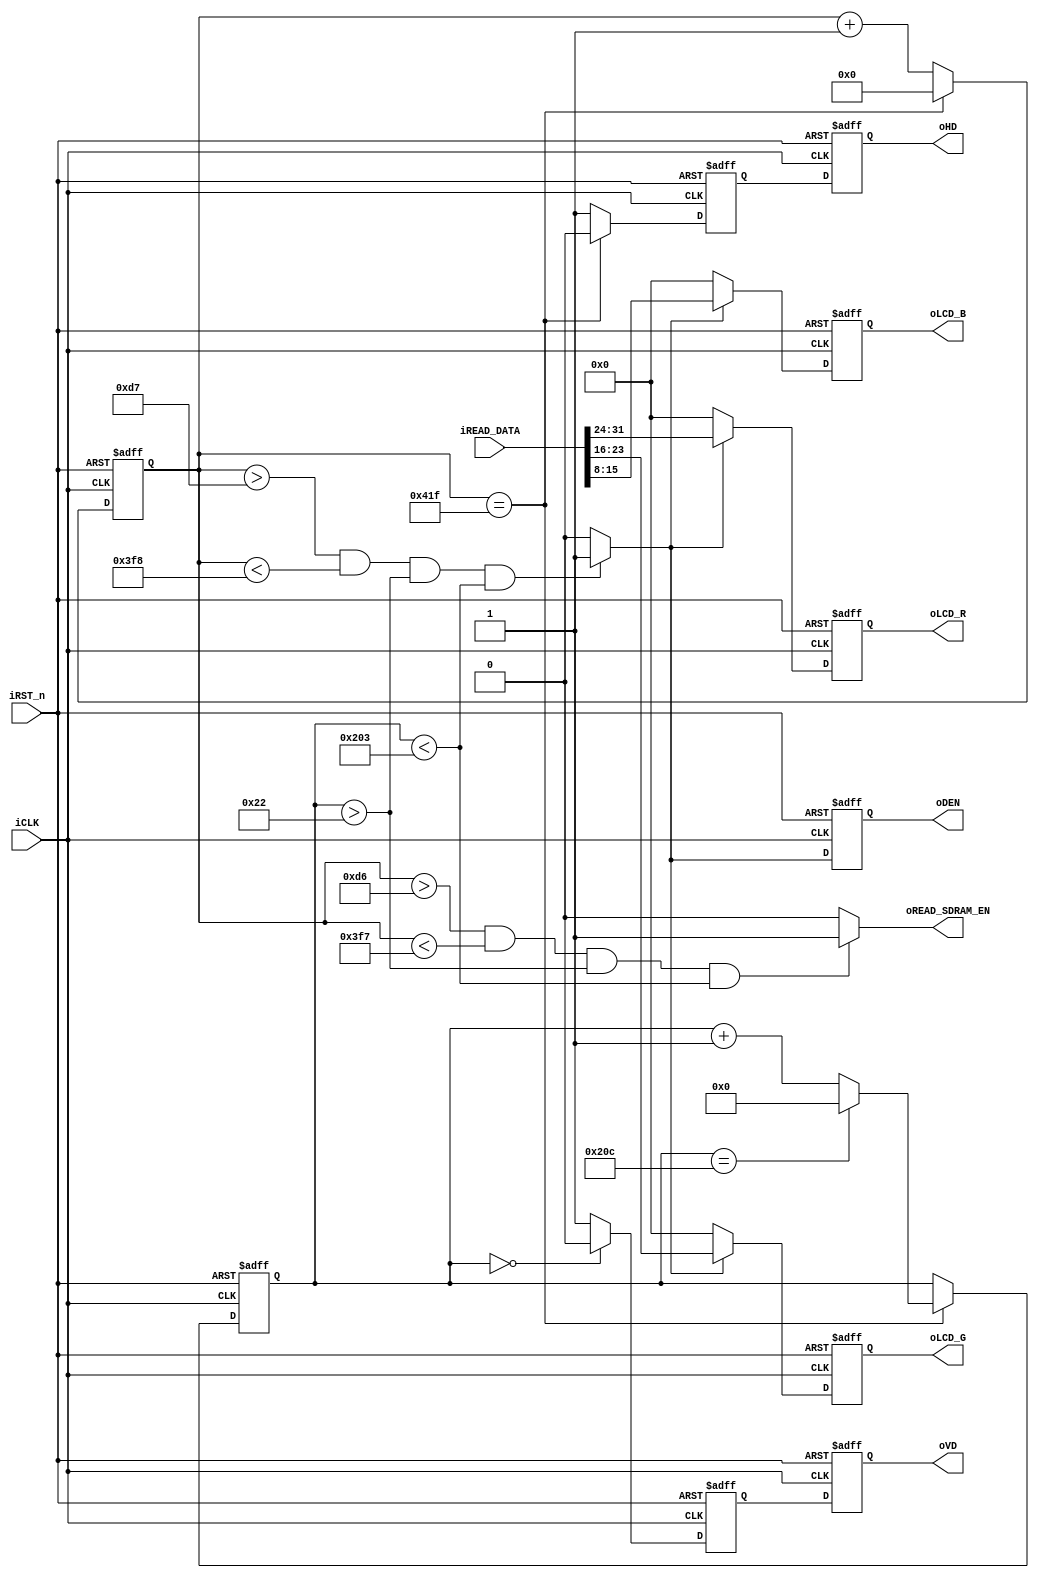
//
//LTMDE2_115_LTM_EPHOTO
module lcd_timing_controller		(
						iCLK, 				// LCD display clock
						iRST_n, 			// systen reset
						// SDRAM SIDE 
						iREAD_DATA, 		// R and G  color data form sdram 	
						//iREAD_DATA2,		// B color data form sdram
						oREAD_SDRAM_EN,		// read sdram data control signal
						//LCD SIDE
						oHD,				// LCD Horizontal sync 
						oVD,				// LCD Vertical sync 	
						oDEN,				// LCD Data Enable
						oLCD_R,				// LCD Red color data 
						oLCD_G,             // LCD Green color data  
						oLCD_B,             // LCD Blue color data  
						);
//============================================================================
// PARAMETER declarations
//============================================================================
parameter H_LINE = 1056;
parameter V_LINE = 525;
parameter Hsync_Blank = 216;
parameter Hsync_Front_Porch = 40;
parameter Vertical_Back_Porch = 35;
parameter Vertical_Front_Porch = 10;
//===========================================================================
// PORT declarations
//===========================================================================
input			iCLK;   
input			iRST_n;
input	[31:0]	iREAD_DATA;
//input	[15:0]	iREAD_DATA2;
output			oREAD_SDRAM_EN;
output	[7:0]	oLCD_R;		
output  [7:0]	oLCD_G;
output  [7:0]	oLCD_B;
output			oHD;
output			oVD;
output			oDEN;
//=============================================================================
// REG/WIRE declarations
//=============================================================================
reg		[10:0]  x_cnt;  
reg		[9:0]	y_cnt; 
wire	[7:0]	read_red;
wire	[7:0]	read_green;
wire	[7:0]	read_blue; 
wire			display_area;
wire			oREAD_SDRAM_EN;
reg				mhd;
reg				mvd;
reg				oHD;
reg				oVD;
reg				oDEN;
reg		[7:0]	oLCD_R;
reg		[7:0]	oLCD_G;	
reg		[7:0]	oLCD_B;		
//=============================================================================
// Structural coding
//=============================================================================

// This signal control reading data form SDRAM , if high read color data form sdram  .
assign	oREAD_SDRAM_EN = (	(x_cnt>Hsync_Blank-2)&&
							(x_cnt<(H_LINE-Hsync_Front_Porch-1))&&
							(y_cnt>(Vertical_Back_Porch-1))&&
							(y_cnt<(V_LINE - Vertical_Front_Porch))
						 )?  1'b1 : 1'b0;
						
// This signal indicate the lcd display area .
assign	display_area = ((x_cnt>(Hsync_Blank-1)&& //>215
						(x_cnt<(H_LINE-Hsync_Front_Porch))&& //< 1016
						(y_cnt>(Vertical_Back_Porch-1))&& 
						(y_cnt<(V_LINE - Vertical_Front_Porch))
						))  ? 1'b1 : 1'b0;

assign	read_red 	= display_area ? iREAD_DATA[31:24] : 8'b0;
assign	read_green 	= display_area ? iREAD_DATA[23:16]: 8'b0;
assign	read_blue 	= display_area ? iREAD_DATA[15:8] : 8'b0; //=================

///////////////////////// x  y counter  and lcd hd generator //////////////////
always@(posedge iCLK or negedge iRST_n)
	begin
		if (!iRST_n)
		begin
			x_cnt <= 11'd0;	
			mhd  <= 1'd0;  	
		end	
		else if (x_cnt == (H_LINE-1))
		begin
			x_cnt <= 11'd0;
			mhd  <= 1'd0;
		end	   
		else
		begin
			x_cnt <= x_cnt + 11'd1;
			mhd  <= 1'd1;
		end	
	end

always@(posedge iCLK or negedge iRST_n)
	begin
		if (!iRST_n)
			y_cnt <= 10'd0;
		else if (x_cnt == (H_LINE-1))
		begin
			if (y_cnt == (V_LINE-1))
				y_cnt <= 10'd0;
			else
				y_cnt <= y_cnt + 10'd1;	
		end
	end
////////////////////////////// touch panel timing //////////////////

always@(posedge iCLK  or negedge iRST_n)
	begin
		if (!iRST_n)
			mvd  <= 1'b1;
		else if (y_cnt == 10'd0)
			mvd  <= 1'b0;
		else
			mvd  <= 1'b1;
	end			


always@(posedge iCLK or negedge iRST_n)
	begin
		if (!iRST_n)
			begin
				oHD	<= 1'd0;
				oVD	<= 1'd0;
				oDEN <= 1'd0;
				oLCD_R <= 8'd0;
				oLCD_G <= 8'd0;
				oLCD_B <= 8'd0;
			end
		else
			begin
				oHD	<= mhd;
				oVD	<= mvd;
				oDEN <= display_area;
				oLCD_R <= read_red;
				oLCD_G <= read_green;
				oLCD_B <= read_blue;
			end		
	end

endmodule